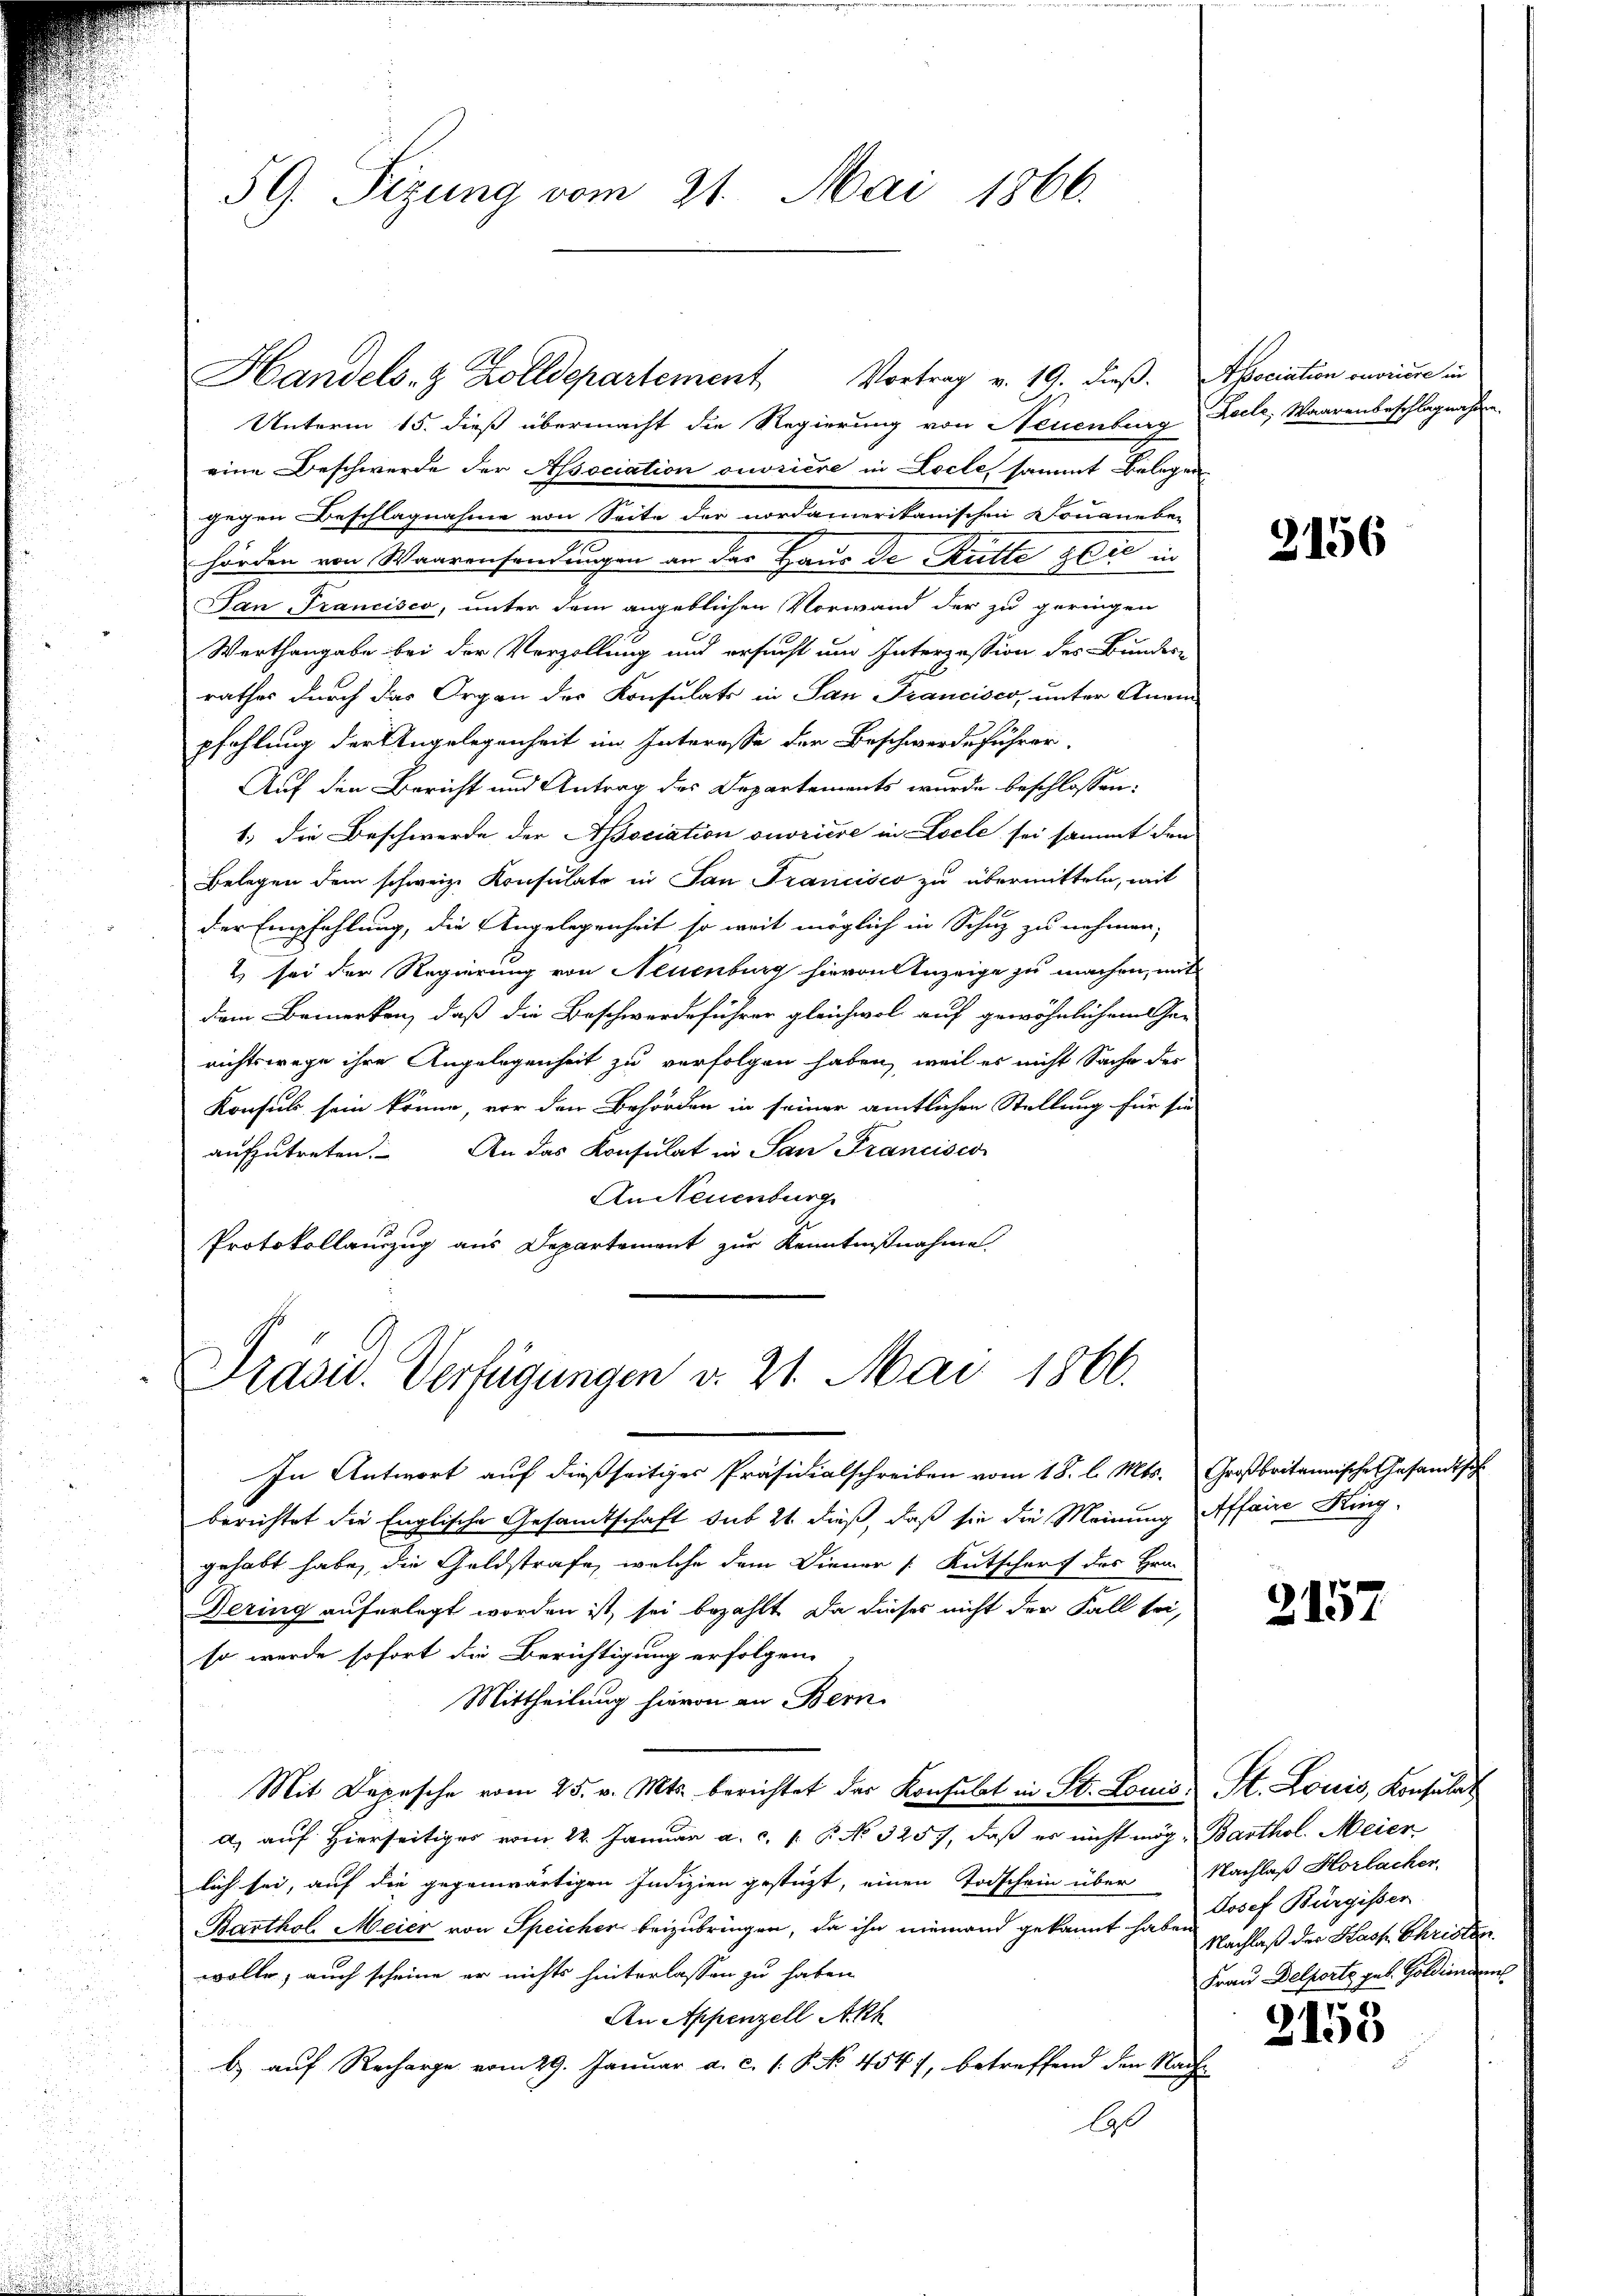
59. Sizung vom 21. Mai 1866.

Unterm 15. dieß übermacht die Regierung von Neuenburg Coele, Waarenbeschlagnahmen.
eine Beschwerde der Association ouvriere in Locle, sammt Belegen
gegen Beschlagnahme von Seite der nordamerikanischen Douaneben
hörden von Waarensendungen an der Haus de Ritte gli in
San Francisco, unter dem angeblichen Vorwand der zu geringen
Werthangabe bei der Verzollung und ersucht um Interzession des Bundes-
rathes durch das Organ des Konsulats in San Francisco, unter Anein
pfehlung der Angelegenheit im Interesse der Beschwerdeführer
Auf den Bericht und Antrag des Departements wurde beschlossen:
1. die Beschwerde der Association ouvriere in Loele sei sammt den
Belegen dem schweiz. Konsulato in San Francisco zu übermitteln, mit
der Empfehlung, die Angelegenheit so weit möglich in Schuz zu nehmen,
2 sei der Regierung von Neuenburg hievon Anzeige zu machen, mit
dem Bemerken, daß die Beschwerdeführer gleichwol auf gewöhnlichem Ge-
richtswege ihre Angelegenheit zu verfolgen haben, weil es nicht Sache des
Konsuls sein könne, vor den Behörden in seiner amtlichen Stellung für sie
aufzutreten. An das Konsulat in San Francisco
An Neuenburg
Protokollauszug aus Departement zur Kenntnißnahme.

Handels- & Zolldepartement Vortrag v. 19. dieß. Association ouvriere in

Prasis. Verfügungen v. 21. Mai 1866.

In Antwort auf dießseitiges Präsidialschreiben vom 18. l. Mts. Großbritannische Gesandtsch
berichtet die Englische Gesandtschaft sub 21 dieß, daß sie die Meinung Affaire Kinggehabt habe, die Geldstrafe, welche dem Diener [Antscharf des Hrn.
Dering auferlegt worden ist, sei bezahlt. Da dieses nicht der Fall sei,
so werde sofort die Berichtigung erfolgen.
Mittheilung hievon an Bern.
Mit Depesche vom 25. v. Mts. berichtet das Konsulat in St. Louis St. Louis, Konsulat
a) auf Hierseitiges vom 14. Januar a. c. s. R. No. 325., daß es nicht mög- Barthol. Meier
lich sei, auf die gegenwärtigen Indizien gestüzt, einen Todschein über Nachlaß Horlacher,
Barthol. Meier von Speicher beizubringen, da ihn niemand gekannt habe. Nachlaß der Hast Christen
wolle; auch scheine er nichts hinterlassen zu haben
An Appenzell Akt
b.) auf Recharge vom 29. Januar a. c. 1. P. No. 4547, betreffend den Nach
bl

2156

2157

Josef Bürgisser
Frau Delporte geb. Goldinan

2153